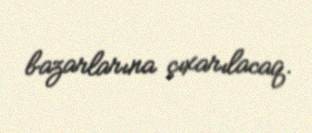
bazarlarına çıxarılacaq.